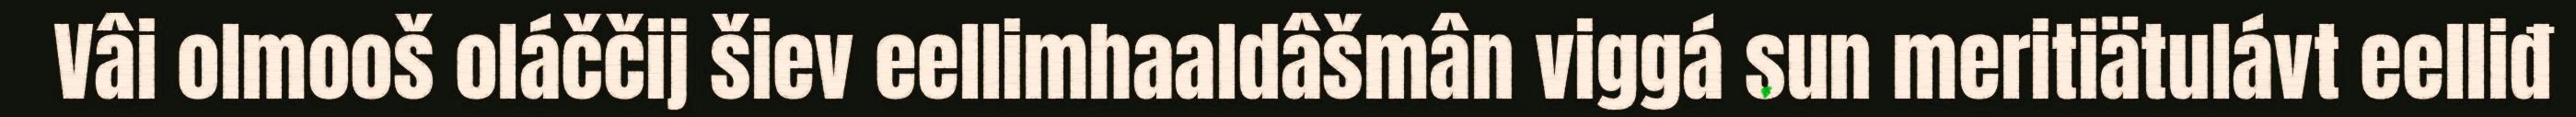
Vâi olmooš oláččij šiev eellimhaaldâšmân viggá sun meritiätulávt eelliđ